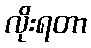
လိုးရတာ